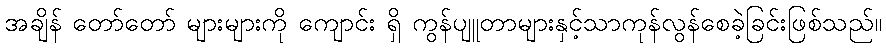
အချိန် တော်တော် များများကို ကျောင်း ရှိ ကွန်ပျူတာများနှင့်သာကုန်လွန်စေခဲ့ခြင်းဖြစ်သည်။